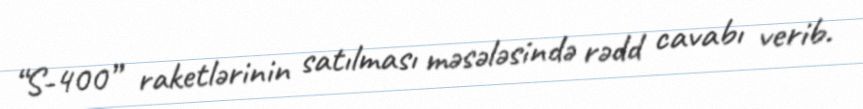
“S-400” raketlərinin satılması məsələsində rədd cavabı verib.